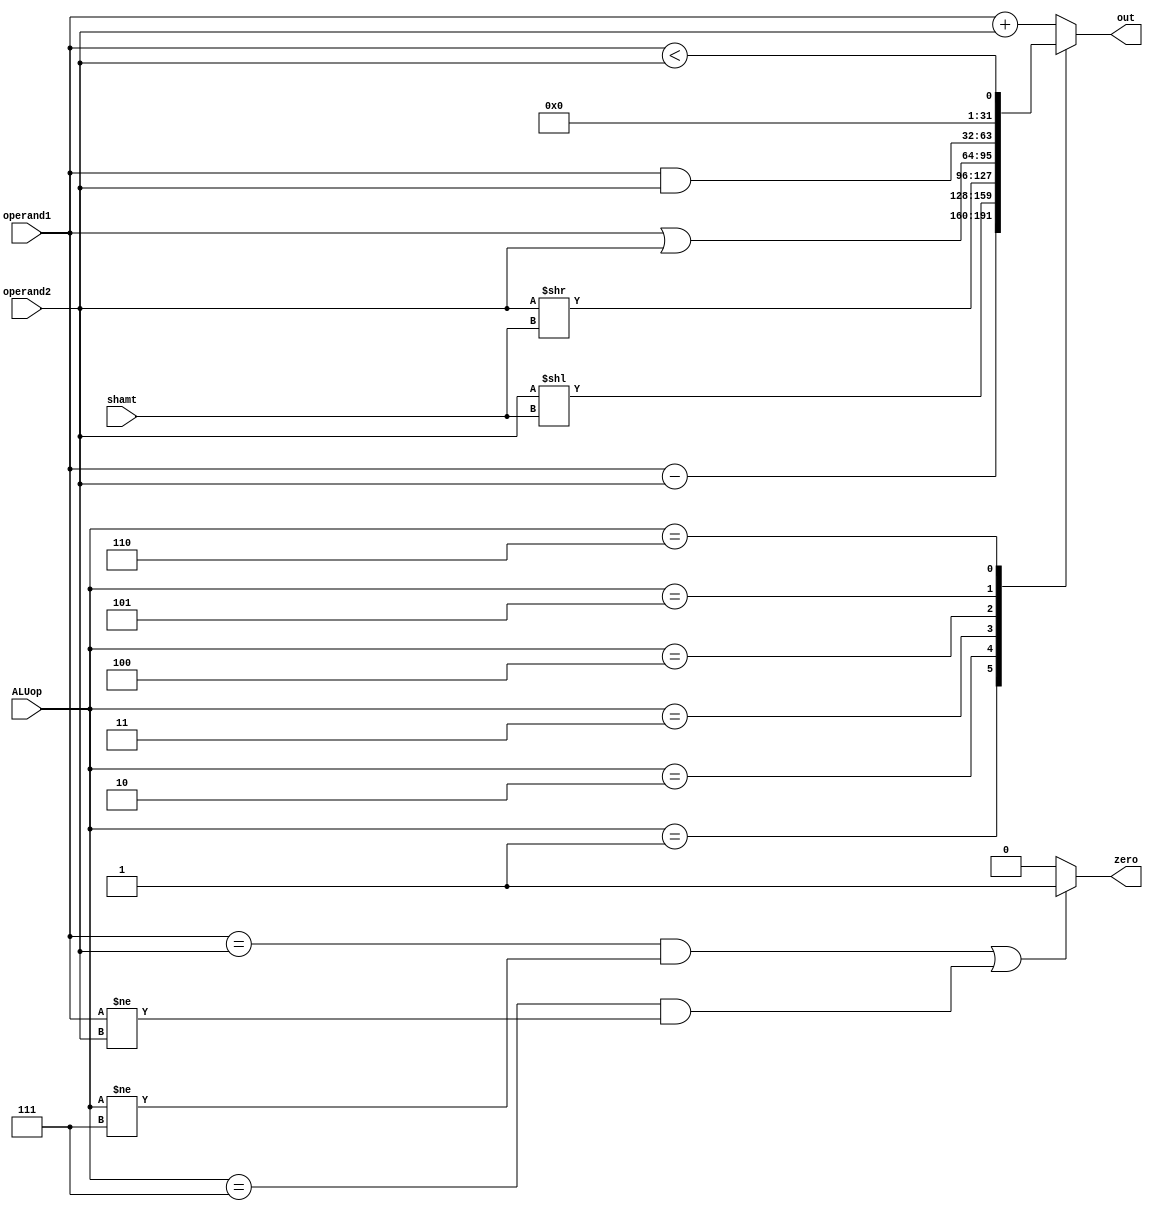
module ALU(out,zero,operand1,operand2,ALUop,shamt);
output zero;
output [31:0] out;
input[31:0] operand1;
input [31:0] operand2;
input [2:0] ALUop;
input [4:0] shamt;
reg[31:0] out;
reg zero;
always @(operand1 or operand2 or ALUop) begin
	if (((operand1 == operand2) && (ALUop != 3'b111)) || (ALUop == 3'b111 && operand1 != operand2)) 
		begin
		zero <=1'b1; 
		end
	else  
		begin
		zero <=0;
		end
	
end	
	
always @(operand1 or operand2 or ALUop) begin
	case (ALUop)
	3'b000 : out = operand1 + operand2;
	3'b001 : out = operand1 - operand2;
	3'b010 : out = operand2 << shamt;//shift logical left !
	3'b011 : out = operand2 >> shamt;//shift logical right !
	3'b100 : out = operand1 | operand2;
	3'b101 : out = operand1 & operand2;
	3'b110 : out = operand1 < operand2;
	default: out = operand1 + operand2;
	endcase
end
endmodule